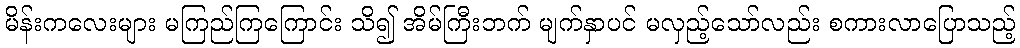
မိန်းကလေးများ မကြည်ကြကြောင်း သိ၍ အိမ်ကြီးဘက် မျက်နှာပင် မလှည့်သော်လည်း စကားလာပြောသည့်